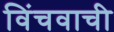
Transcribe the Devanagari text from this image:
विंचवाची